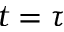
t = \tau